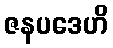
ဇနပဒေဟိ